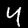
Label: 4